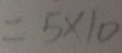
= 5 \times 1 0